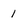
Character: 1